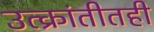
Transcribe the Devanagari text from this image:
उत्क्रांतीतही